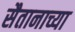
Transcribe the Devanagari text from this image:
सैतानाच्या